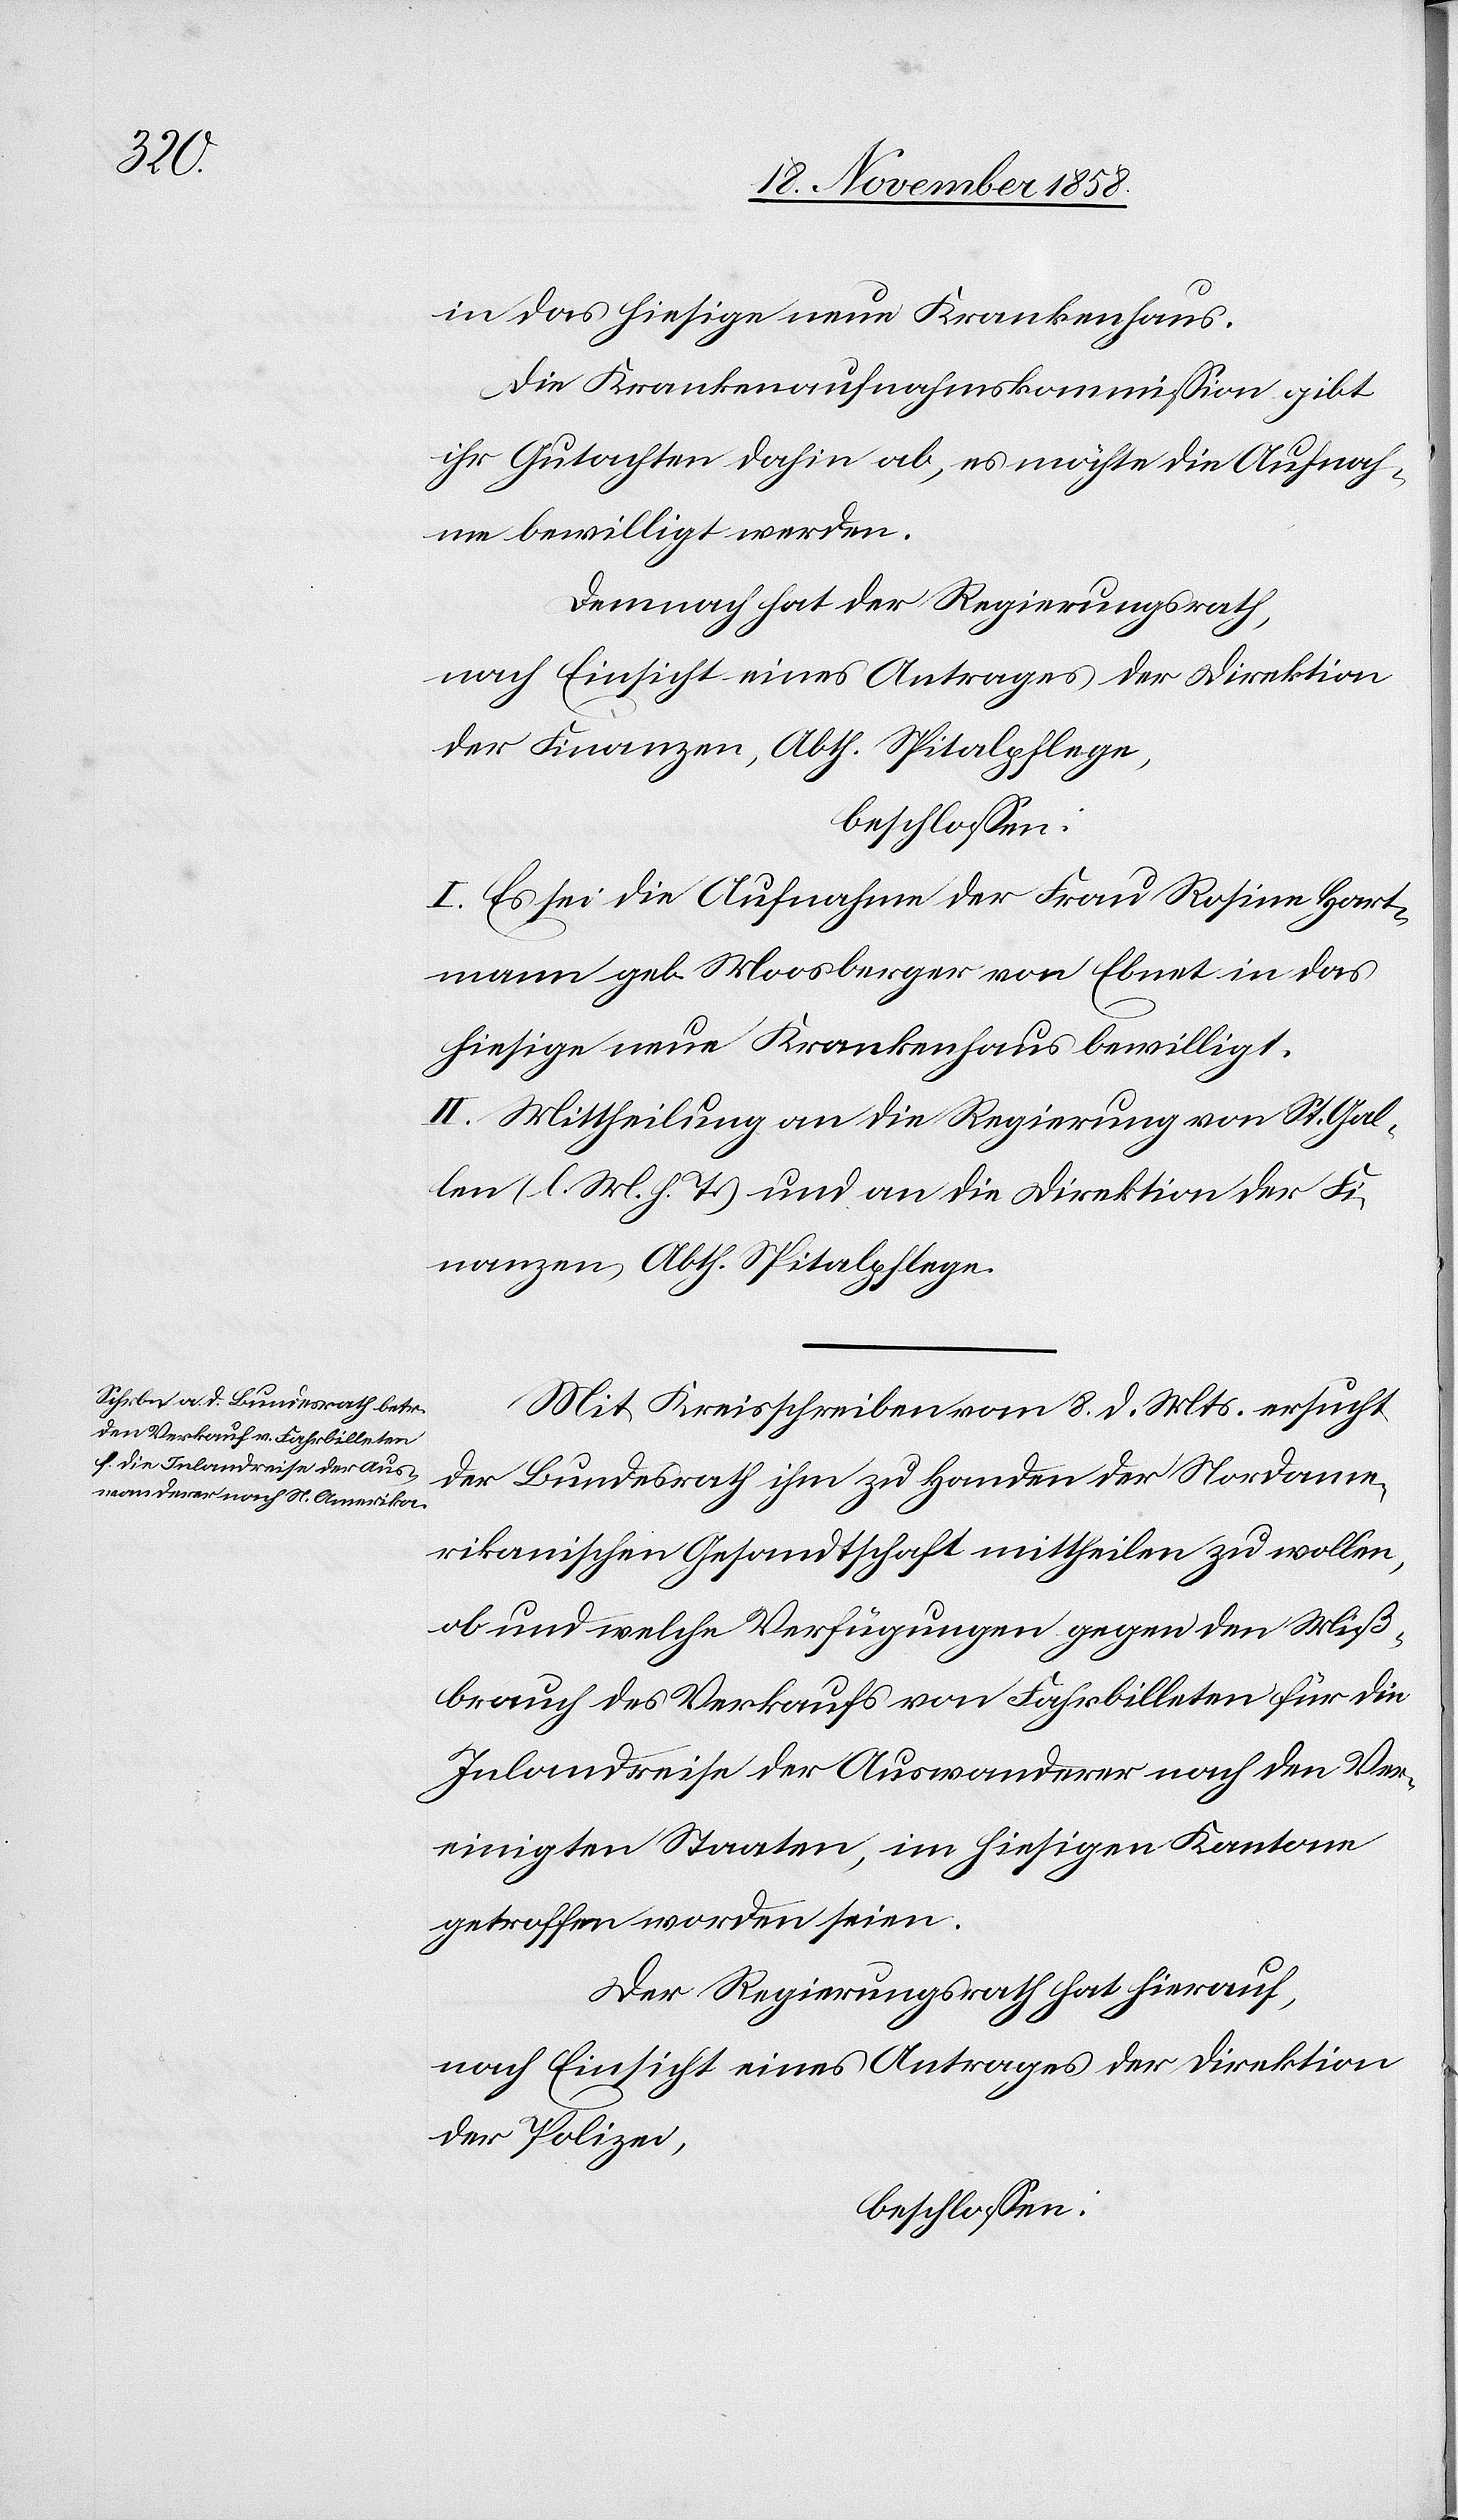
in das hiesige neue Krankenhaus.
Die Krankenaufnahmskommission gibt
ihr Gutachten dahin ab, es möchte die Aufnah¬
me bewilligt werden.
Demnach hat der Regierungsrath,
nach Einsicht eines Antrages der Direktion
der Finanzen, Abth. Spitalpflege,
beschlossen:
I. Es sei die Aufnahme der Frau Rosine Hart¬
mann geb. Moosberger von Ebnet in das
hiesige neue Krankenhaus bewilligt.
II. Mittheilung an die Regierung von St. Gal¬
len (l. M. h. T.) und an die Direktion der Fi¬
nanzen, Abth. Spitalpflege.
Mit Kreisschreiben vom 8. d. Mts. ersucht
der Bundesrath ihm zu Handen der Nordame¬
rikanischen Gesandtschaft mittheilen zu wollen,
ob und welche Verfügungen gegen den Miß¬
brauch des Verkaufs von Fahrbilleten für die
Inlandreise der Auswanderer nach den Ver¬
einigten Staaten, im hiesigen Kantone
getroffen worden seien.
Der Regierungsrath hat hierauf,
nach Einsicht eines Antrages der Direktion
der Polizei,
beschlossen: